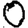
Digit: 0